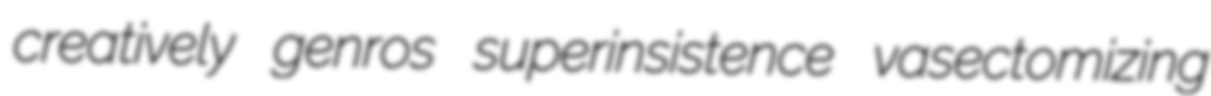
creatively genros superinsistence vasectomizing